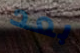
بعد